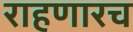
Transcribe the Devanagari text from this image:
राहणारच